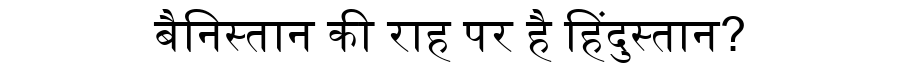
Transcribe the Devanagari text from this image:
बैनिस्तान की राह पर है हिंदुस्तान?